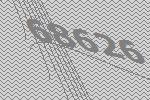
68626